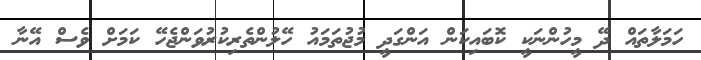
ހަމަލާތައް ދޭ މީހުންނަކީ ކޮބައިކަން އަންގަދީ މުޖުތަމައު ހޭލުންތެރިކުރުވަންޖެހޭ ކަމަށް ވެސް އޭނާ